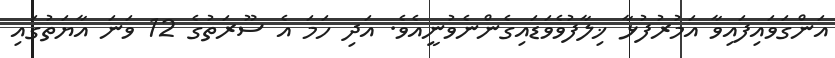
އަންގަވައިފައިވާ އަމުރުފުޅާ ޚިލާފުވެވަޑައިގެންނެވުނީއެވެ. އަދި ހަމަ އެ ސޫރަތުގެ 12 ވަނަ އާޔަތުގައި